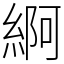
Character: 䋪